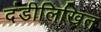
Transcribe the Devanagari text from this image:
दंडीलिखित